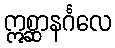
ဣစ္ဆာနင်္ဂလေ